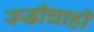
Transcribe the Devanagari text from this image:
रूढीचाही